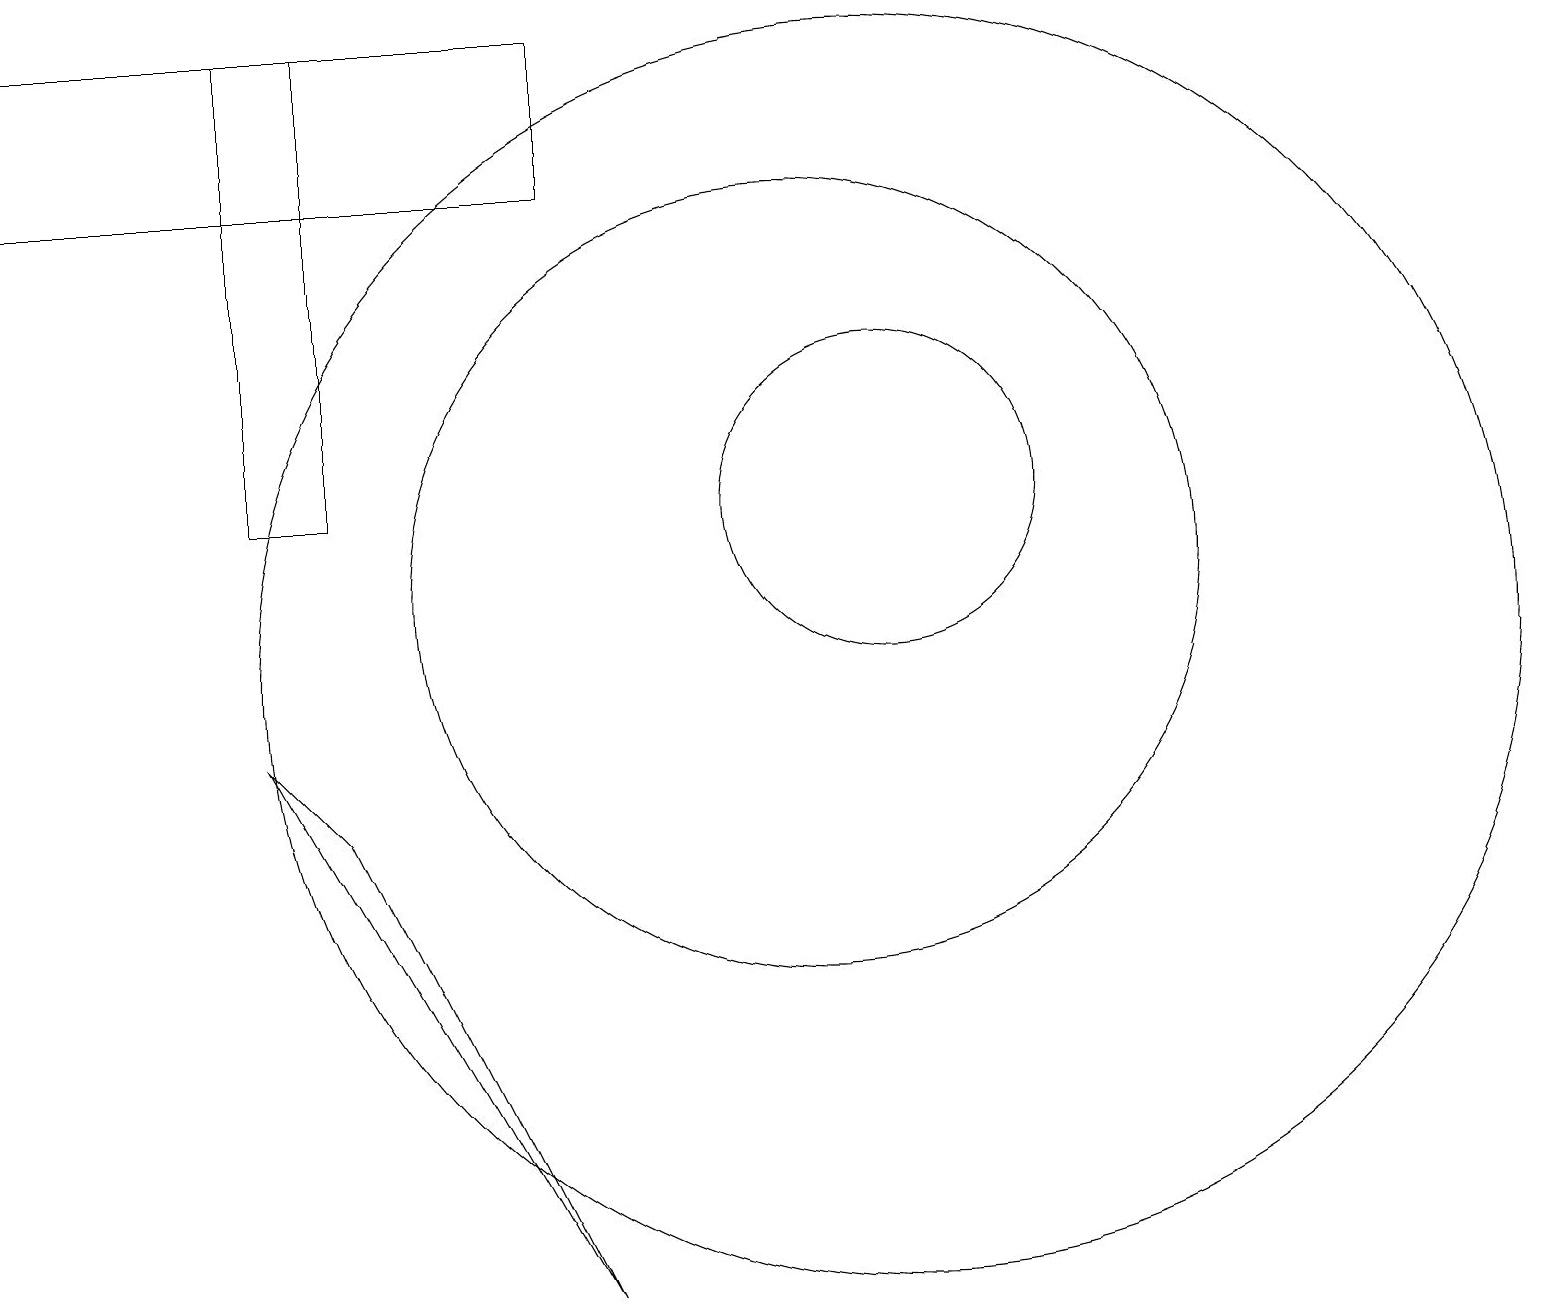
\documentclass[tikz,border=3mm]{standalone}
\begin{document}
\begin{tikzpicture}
\draw (10,11) circle (5);
\draw (0,16) rectangle (7,18);
\draw (11,12) circle (2);
\draw (3,12) rectangle (4,18);
\draw (3,9) -- (7,2) -- (4,8) -- cycle;
\draw (11,10) circle (8);
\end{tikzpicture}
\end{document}